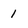
Character: 1